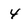
Character: 4